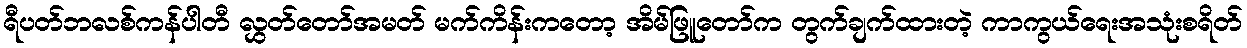
ရီပတ်ဘလစ်ကန်ပါတီ လွှတ်တော်အမတ် မက်ကိန်းကတော့ အိမ်ဖြူတော်က တွက်ချက်ထားတဲ့ ကာကွယ်ရေးအသုံးစရိတ်